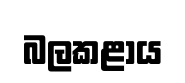
බලකළාය